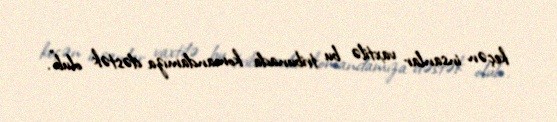
keçən insanlar vaxtilə bu tribunada komandamıza dəstək olub".